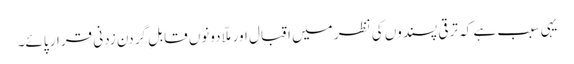
یہی سبب ہے کہ ترقی پسندوں کی نظر میں اقبال اور ملّا دونوں قابلِ گردن زدنی قرار پائے۔